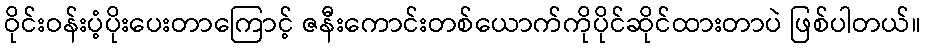
ဝိုင်းဝန်းပံ့ပိုးပေးတာကြောင့် ဇနီးကောင်းတစ်ယောက်ကိုပိုင်ဆိုင်ထားတာပဲ ဖြစ်ပါတယ်။